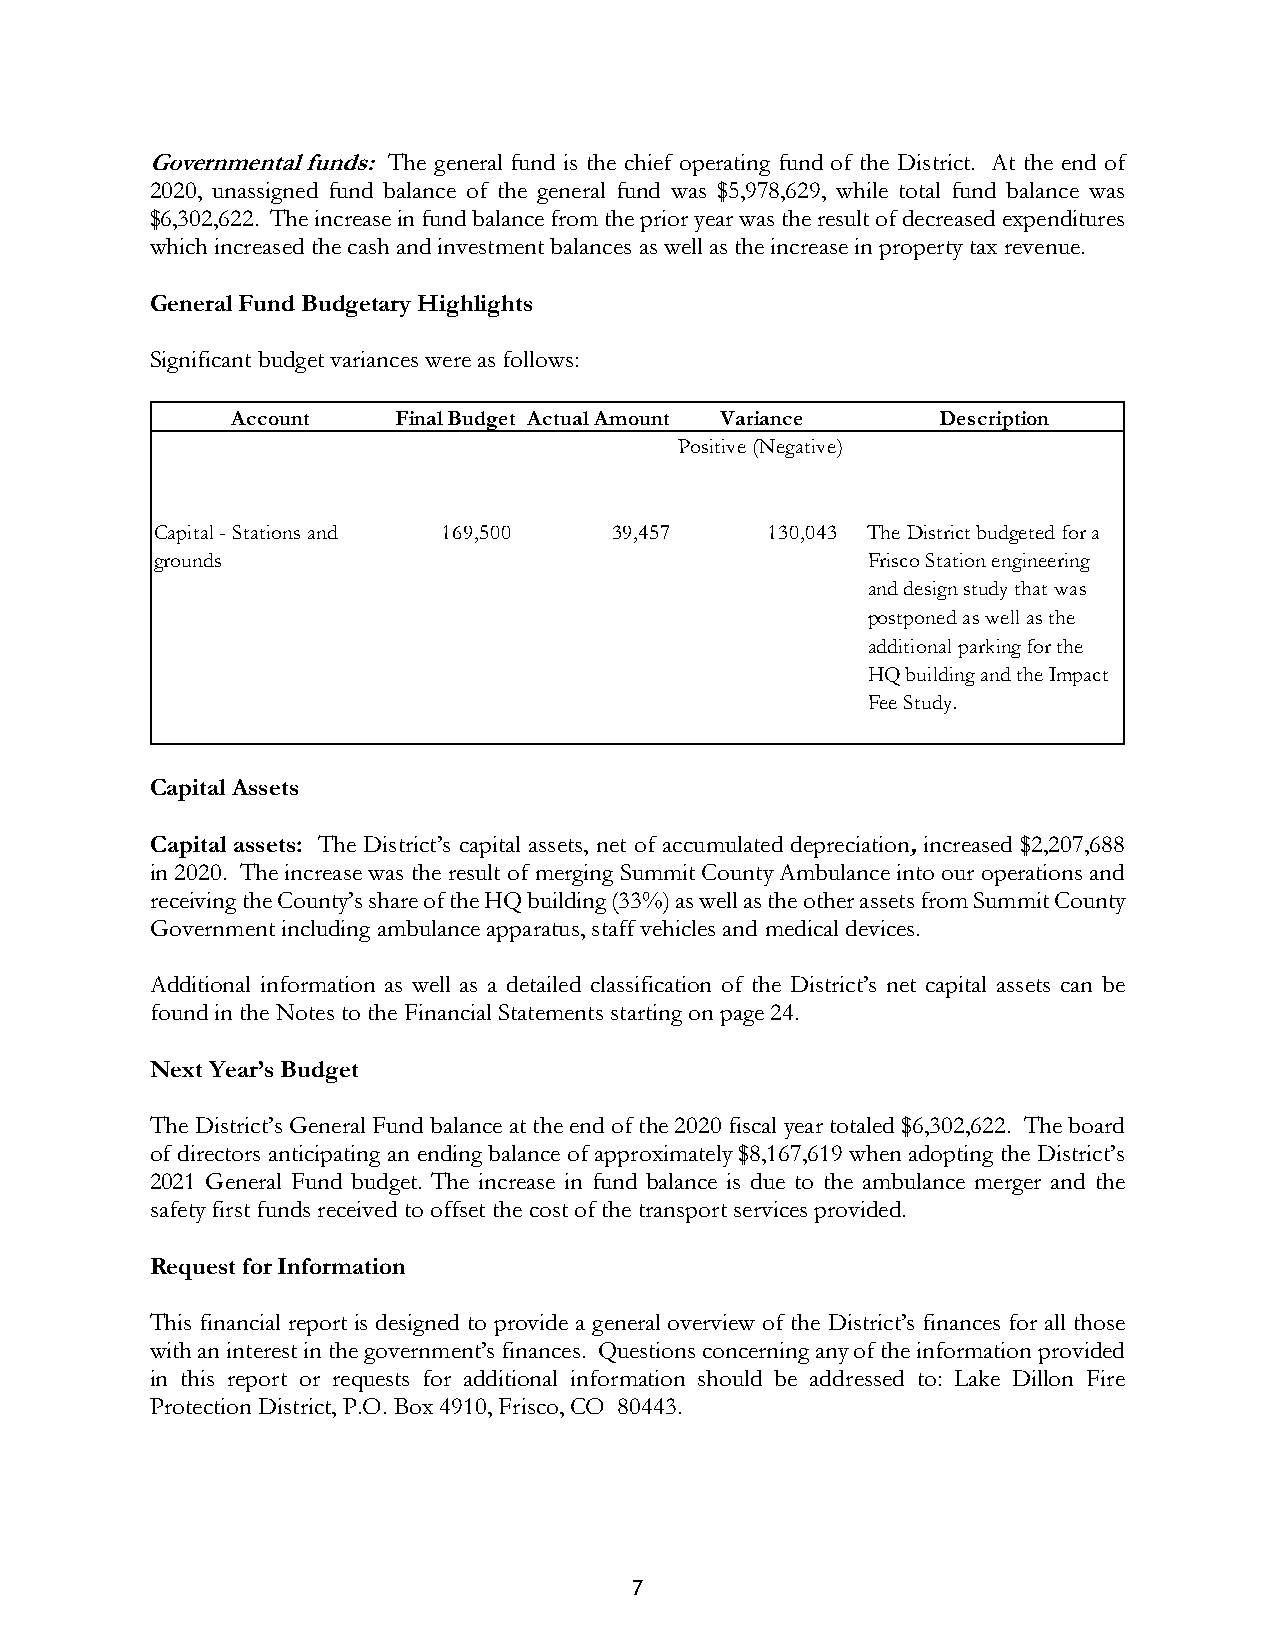
Governmental funds: The general fund is the chief operating fund of the District. At the end of
 2020, unassigned fund balance of the general fund was $5,978,629, while total fund balance was
 $6,302,622. The increase in fund balance from the prior year was the result of decreased expenditures
 which increased the cash and investment balances as well as the increase in property tax revenue.
 General Fund Budgetary Highlights
 Significant budget variances were as follows:
 Account    Final Budget Actual Amount Variance Description
 Positive (Negative)
 Capital - Stations and 169,500 39,457    130,043 The District budgeted for a
 grounds                                        Frisco Station engineering
 and design study that was
 postponed as well as the
 additional parking for the
 HQ building and the Impact
 Fee Study.
 Capital Assets
 Capital assets: The District’s capital assets, net of accumulated depreciation, increased $2,207,688
 in 2020. The increase was the result of merging Summit County Ambulance into our operations and
 receiving the County’s share of the HQ building (33%) as well as the other assets from Summit County
 Government including ambulance apparatus, staff vehicles and medical devices.
 Additional information as well as a detailed classification of the District’s net capital assets can be
 found in the Notes to the Financial Statements starting on page 24.
 Next Year’s Budget
 The District’s General Fund balance at the end of the 2020 fiscal year totaled $6,302,622. The board
 of directors anticipating an ending balance of approximately $8,167,619 when adopting the District’s
 2021 General Fund budget. The increase in fund balance is due to the ambulance merger and the
 safety first funds received to offset the cost of the transport services provided.
 Request for Information
 This financial report is designed to provide a general overview of the District’s finances for all those
 with an interest in the government’s finances. Questions concerning any of the information provided
 in this report or requests for additional information should be addressed to: Lake Dillon Fire
 Protection District, P.O. Box 4910, Frisco, CO 80443.
 7